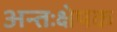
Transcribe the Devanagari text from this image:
अन्तःक्षेपक